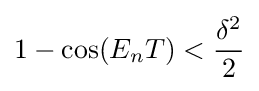
1-\cos(E_{n}T)<{\frac {\delta ^{2}}{2}}